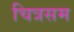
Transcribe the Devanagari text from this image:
चित्रसम